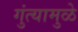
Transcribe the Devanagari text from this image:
गुंत्यामुळे